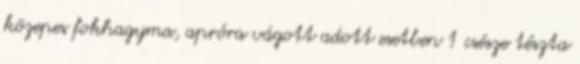
közepes fokhagyma, apróra vágott adott esetben 1 csésze tészta